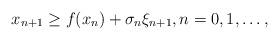
LaTeX: \begin{align*}x_{n+1}\ge f(x_n)+\sigma_n\xi_{n+1}, n=0,1, \dots,\end{align*}